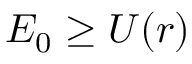
{ \cal { E } } _ { 0 } \geq U ( r )